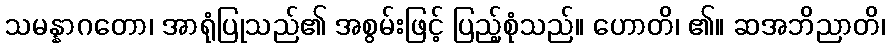
သမန္နာဂတော၊ အာရုံပြုသည်၏ အစွမ်းဖြင့် ပြည့်စုံသည်။ ဟောတိ၊ ၏။ ဆအဘိညာတိ၊